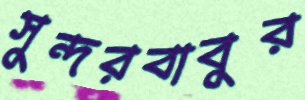
সুন্দরবাবুর